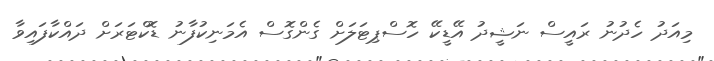
މިއަދު ހެދުނު ރައީސް ނަޝީދު އޭޑީކޭ ހޮސްޕިޓަލަށް ގެންގޮސް އެމަނިކުފާނު ޑޮކްޓަރަށް ދައްކާފައިވާ